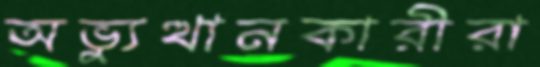
অভ্যুত্থানকারীরা